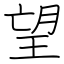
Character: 望